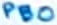
Text: PB0